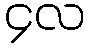
၄လ